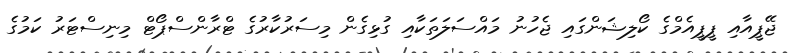
ޖޭޕީއާއި ޕީޕީއެމްގެ ކޯލިޝަންގައި ޖެހުނު މައްސަލަތަކާއި ގުޅިގެން މިސަރުކާރުގެ ޓްރާންސްޕޯޓް މިނިސްޓަރު ކަމުގެ